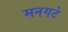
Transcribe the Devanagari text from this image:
मनगटे